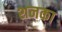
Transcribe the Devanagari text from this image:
शनका